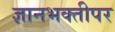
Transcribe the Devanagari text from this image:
ज्ञानभक्तीपर